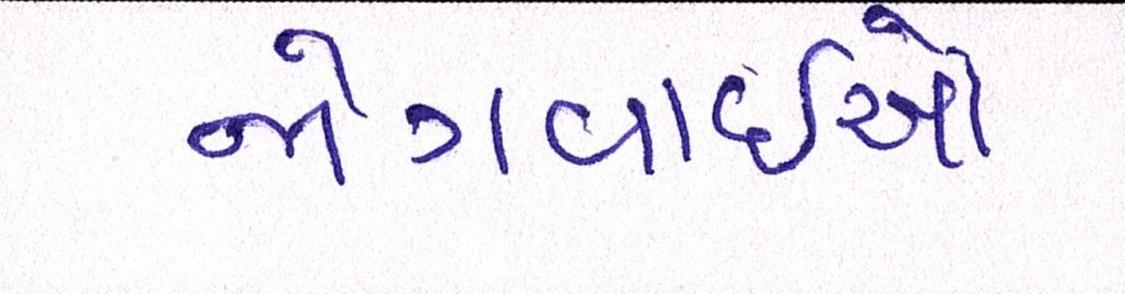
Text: જોગવાઇઓ